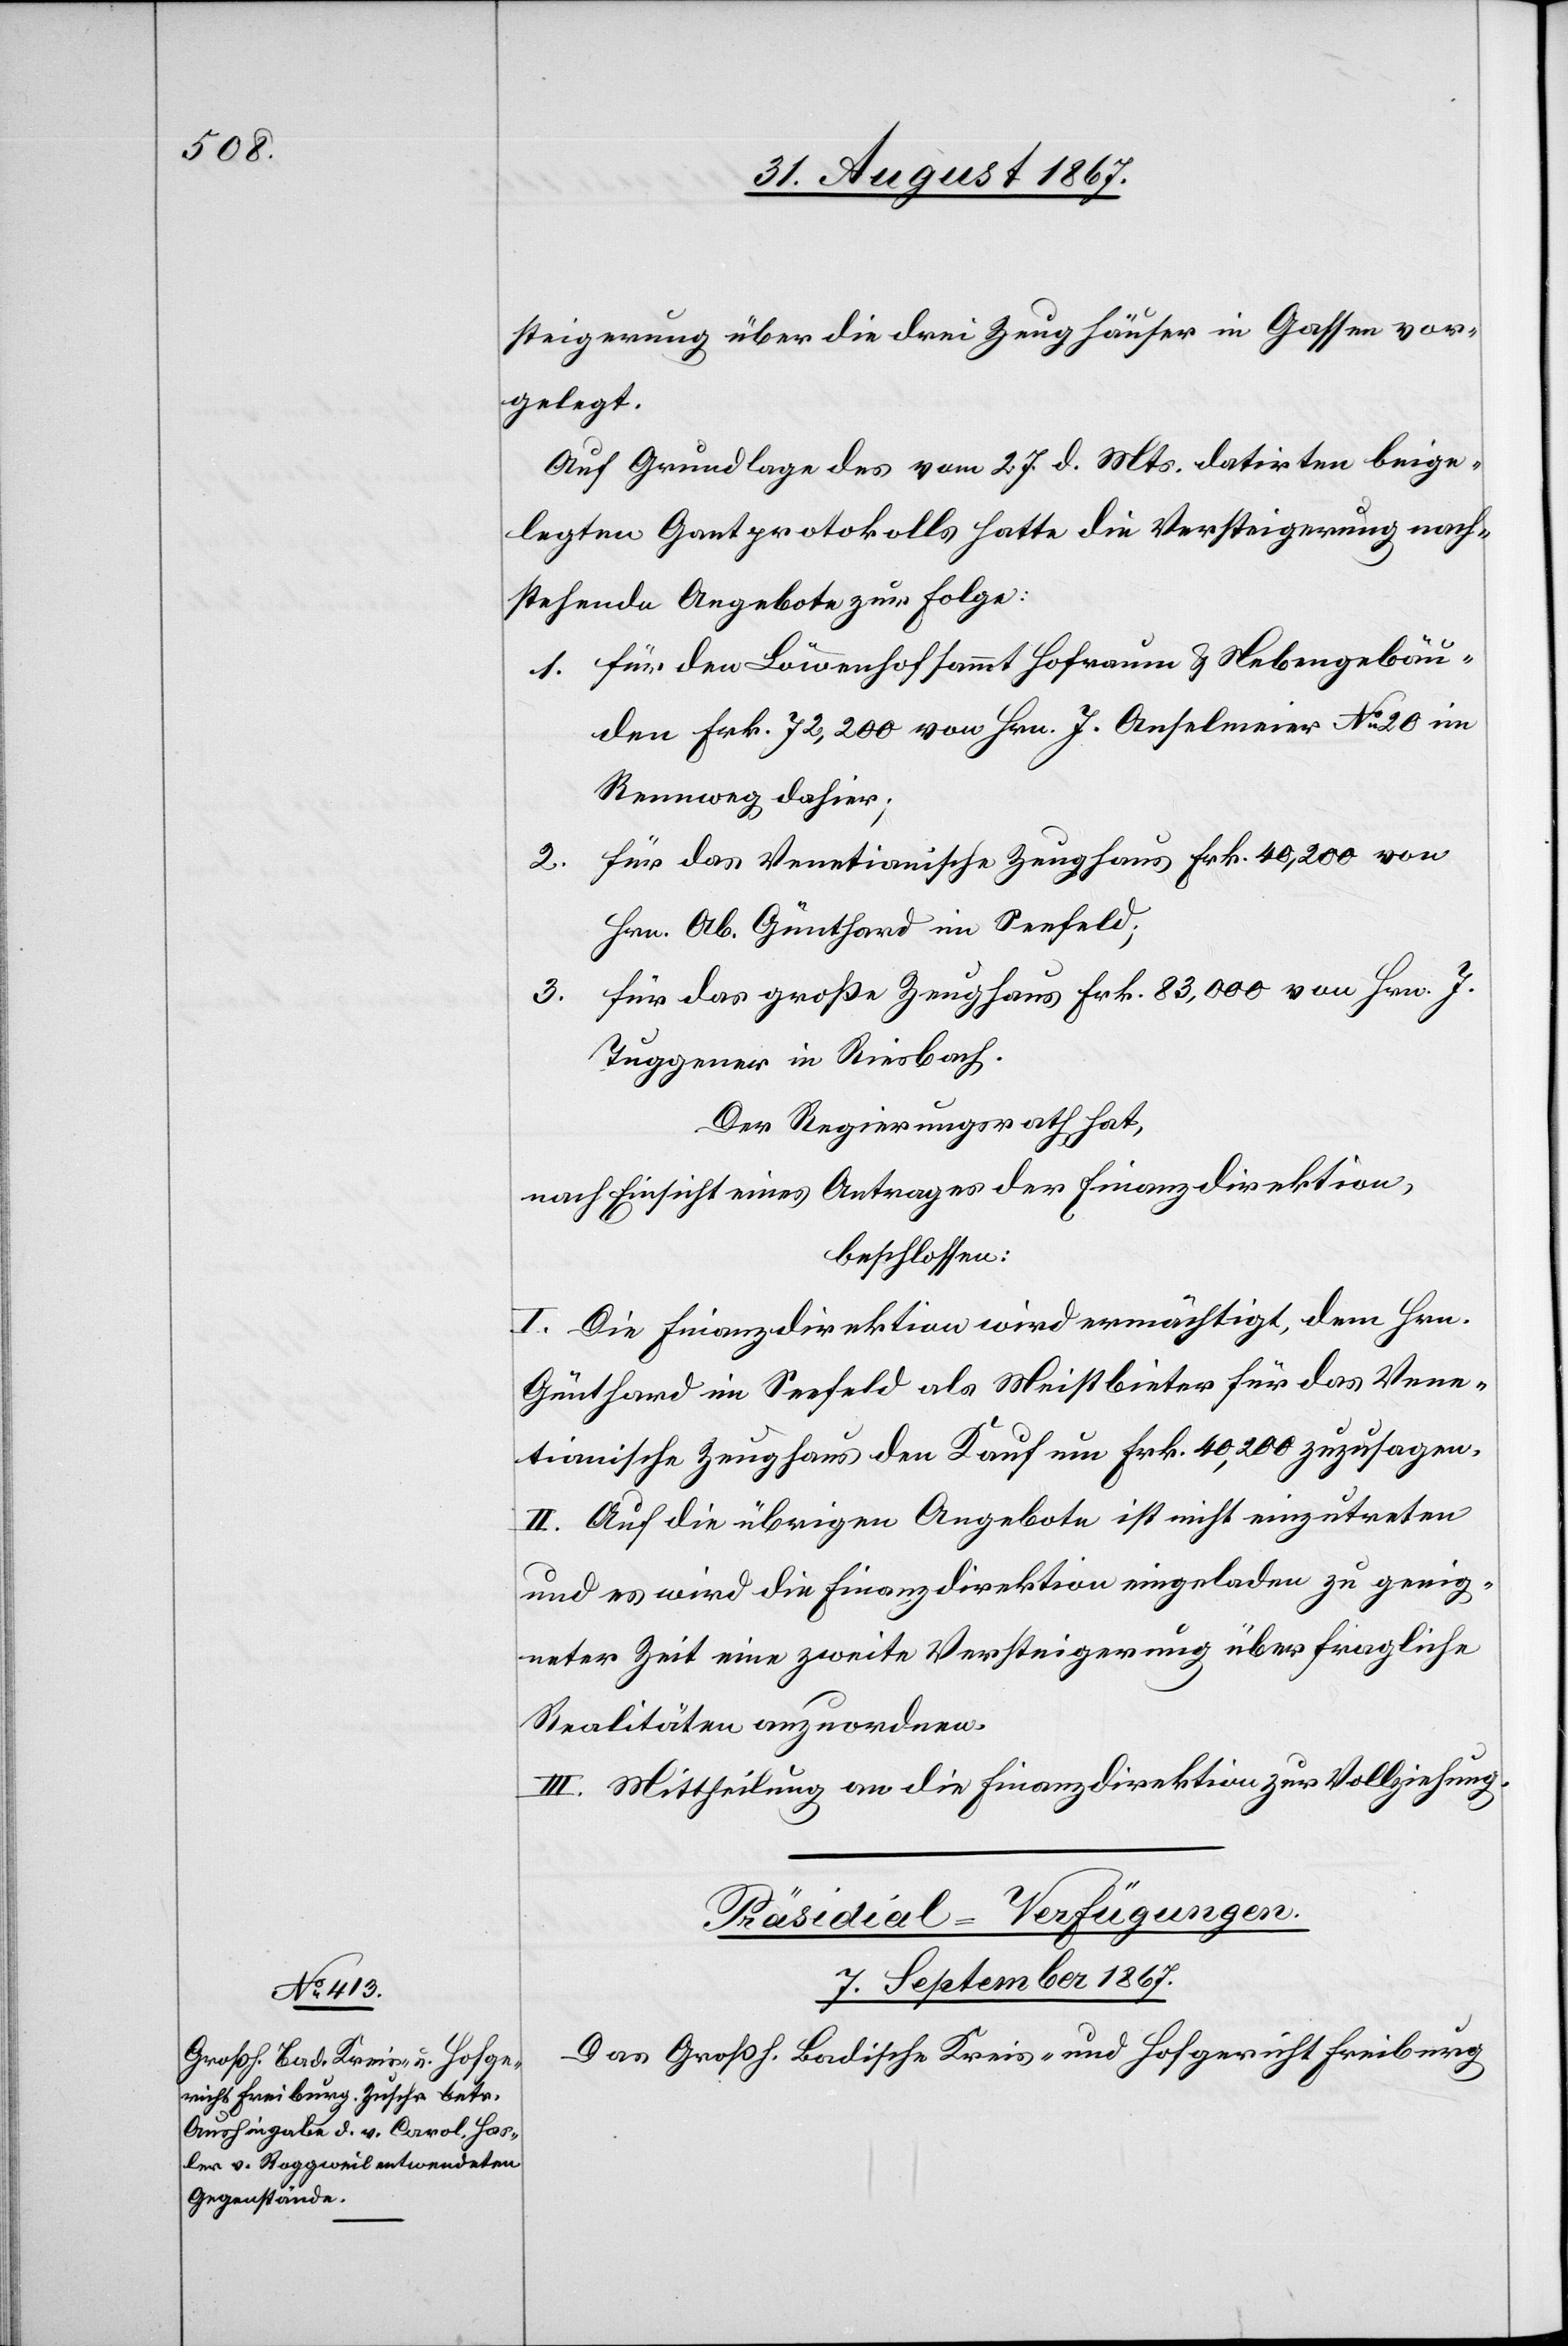
steigerung über die drei Zeughäuser in Gassen vor¬
gelegt.
Auf Grundlage des vom 27. d. Mts. datirten beige¬
legten Gantprotokolls hatte die Versteigerung nach¬
stehende Angebote zur Folge:
1. für den Löwenhof sammt Hofraum u. Nebengebäu¬
den Frk. 72 200 von Hrn. J. Anselmeier No. 20 im
Rennweg dahier;
für das Venetianische Zeughaus Frk. 40 200 von
2.
Hrn. Ob. Günthard im Seefeld;
für das große Zeughaus Frk. 83 000 von Hrn. J.
3.
Tuggener in Riesbach.
Der Regierungsrath hat,
nach Einsicht eines Antrages der Finanzdirektion,
beschlossen:
I. Die Finanzdirektion wird ermächtigt, dem Hrn.
Günthard im Seefeld als Meistbieter für das Vene¬
tianische Zeughaus den Kauf um Frk. 40 200 zuzusagen.
II. Auf die übrigen Angebote ist nicht einzutreten
und es wird die Finanzdirektion eingeladen zu geeig¬
neter Zeit eine zweite Versteigerung über fragliche
Realitäten anzuordnen.
III. Mittheilung an die Finanzdirektion zur Vollziehung.
Präsidial-Verfügungen.
7. September 1867.
Das Groß. Badische Kreis- und Hofgericht Freiburg